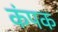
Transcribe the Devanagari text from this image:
कंपक